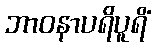
ဘာဝနာပရိပူရိံ